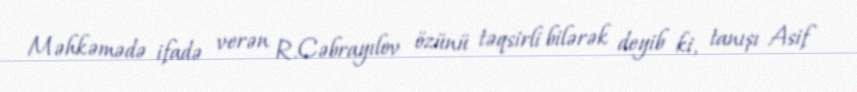
Məhkəmədə ifadə verən R.Cəbrayılov özünü təqsirli bilərək deyib ki, tanışı Asif